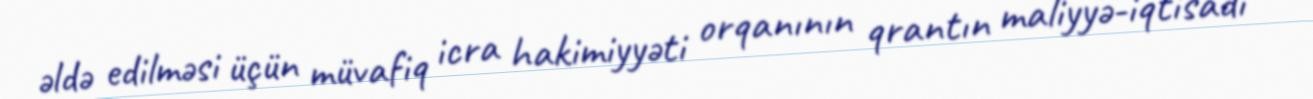
əldə edilməsi üçün müvafiq icra hakimiyyəti orqanının qrantın maliyyə-iqtisadi